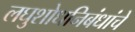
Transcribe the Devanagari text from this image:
लघुशोधनिबंधांचे